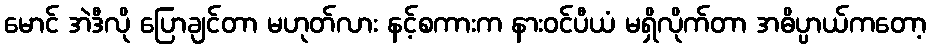
မောင် အဲဒီလို ပြောချင်တာ မဟုတ်လား နင့်စကားက နားဝင်ပီယံ မရှိလိုက်တာ အဓိပ္ပာယ်ကတော့